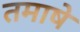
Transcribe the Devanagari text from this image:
तमाषे